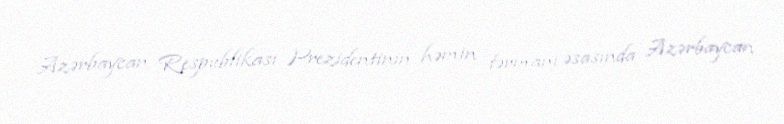
Azərbaycan Respublikası Prezidentinin həmin fərmanı əsasında Azərbaycan